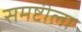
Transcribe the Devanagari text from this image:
समष्टीला